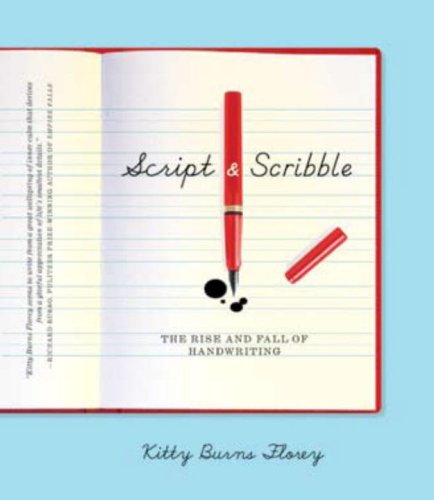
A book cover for Script and Scribble: The Rise and Fall of Handwriting; Kitty Burns Florey; Reference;